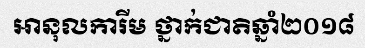
អានុលការីម ថ្នាក់ជាតិឆ្នាំ២០១៨